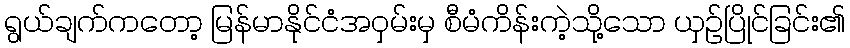
ရွယ်ချက်ကတော့ မြန်မာနိုင်ငံအဝှမ်းမှ စီမံကိန်းကဲ့သို့သော ယှဉ်ပြိုင်ခြင်း၏